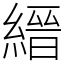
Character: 縉